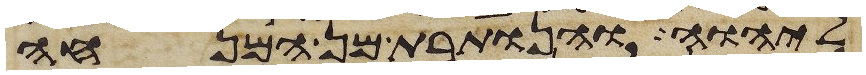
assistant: ליהוה והנותרת מן המנחה